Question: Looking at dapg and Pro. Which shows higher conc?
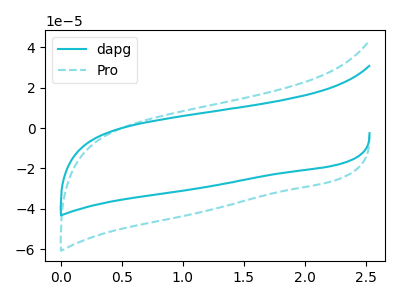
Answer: <think>The cyan curve "dapg" has no peaks. The cyan dashed curve "Pro" has no peaks.
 Neither "dapg" or "Pro" have any peaks.</think>
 <answer>I cant tell if "dapg" or "Pro" has higher concentration.</answer>
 <eval>mixed_concentration</eval>